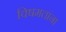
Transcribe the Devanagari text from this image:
विषमतांना